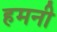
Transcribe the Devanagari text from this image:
हमनी